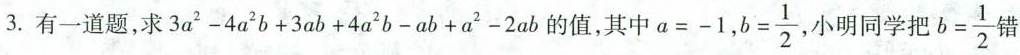
3. 有一道题，求$$3a^{2}-4a{2}b+3ab+4a^{2}b-ab+a{2}-2ab $$的值，其中$$a=-1$$，$$b= \frac{1}{2}$$小明同学把 $$b= \frac{1}{2}$$ 错